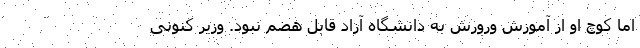
اما کوچ او از آموزش ورورش به دانشگاه آزاد قابل هضم نبود. وزیر کنونی